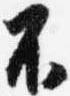
不